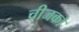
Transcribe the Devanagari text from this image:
चीजको